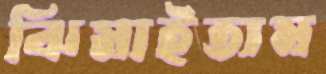
ঝিমাইতাম